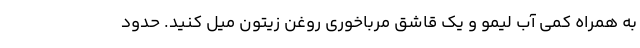
به همراه کمی آب لیمو و یک قاشق مرباخوری روغن زیتون میل کنید. حدود